Indian journal of veterinary science and animal husbandry - Volumes 15-17, 1948-1951
Year: 1948
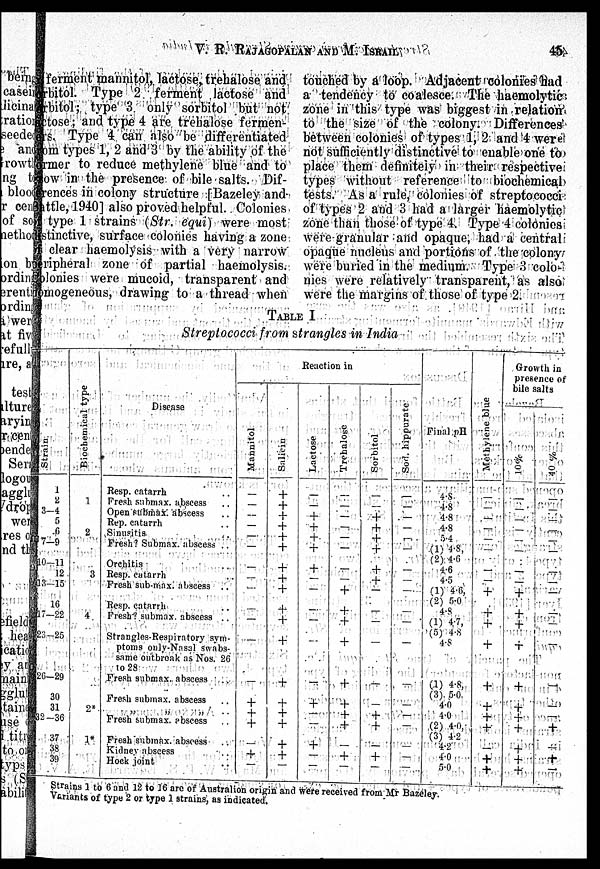
V. R. RAJAGOPALAN AND M.
ISRAIL
45
ferment mannitol, lactose, trehalose and
orbitol. Type 2 ferment lactose and
orbitol; type 3 only sorbitol but not
actose; and type 4 are trehalose fermen-
ers. Type 4 can also be differentiated
rom types 1, 2 and 3 by the ability of the
ormer to reduce methylene blue and to
ow in the presence of bile salts. Dif-
erences in colony structure [Bazeley and
Sattle, 1940] also proved helpful. Colonies
of type 1 strains (Str. equi) were most
distinctive, surface colonies having a zone
of clear haemolysis with a very narrow
eripheral zone of partial haemolysis.
Colonies were mucoid, transparent and
homogeneous, drawing to a thread when
touched by a loop. Adjacent colonies had
a tendency to coalesce. The haemolytic-
zone in this type was biggest in relation
to the size of the colony. Differences
between colonies of types 1, 2 and 4 were!
not sufficiently distinctive to enable one to
place them definitely in their respective
types without reference to biochemical
tests. As a rule, colonies of streptococci
of types 2 and 3 had a larger haemolytic
zone than those of type 4. Type 4 colonies
were granular and opaque, had a central
opaque nucleus and portions of the colony
were buried in the medium. Type 3 colo-
nies were relatively transparent, as also
were the margins of those of type 2.
TABLE I
Streptococci from strangles in India
St r ai n
1
2
3-4
5
6
7-9
10—11
12
13—15
16
17—22
23—25
26—29
30
31
32—36
37
38
39
Biochemical type
1
2
3
4
2*
1*
Disease
Resp. catarrh ..
Fresh sabmax. abscess ..
Open snbmax. abscess ..
Rep. catarrh ..
Sinusitis ..
Fresh? Submax. abscess . .
Orchitis ..
Resp. catarrh ..
Fresh sub-max. abscess
..
Resp. catarrh ..
Fresh? submax. abscess . .
Strangles-Respiratory sym-
ptoms only-Nasal swabs-
same outbreak as Nos. 26
to 28
Fresh submax. abscess ..
Fresh submax. abscess ..
„ „ „ ..
Fresh submax. abscess ..
Fresh submax. abscess ..
Kidney abscess ..
Hock joint ..
Reaction in
Mannitol
—
—
—
—
—
—
—
—
—
—
—
—
—
+
+
+
—
+
—
Saliern
+
+ +
+ +
+
+
+
+
+
+
+
+
+
+
+
+
+
—
Lact os e
—
—
+
+
+
+
+
—
—
—
—
—
—
+
—
—
+
—
—
Tr e ha l
os e
—
—
—
—
—
—
—
—
+
+
+
+
+
+
+
+
—
+
—
Sorbitol
—
—
+ +
+
+
+
+
—
—
—
—
—
+
+
—
+
—
Sod hippurate
—
—
—
—
—
—
—
—
—
—
—
—
—
—
—
—
—
—
Final pH
—
4-8
4.8
4.8
5.4
(1) 4.8,
(2) 4.6
4.6
4.5
(1) 4.6,
(2) 5.0
4.8
(1) 4.7,
4.8
(1) 4.8,
(3) 5.0
4.0
4.0
(2) 4.0,
(3) 4.2
4.2
4.0
5.0
Me t
hyl e ne blue
—
—
—
—
—
—
—
—
+
+
+
+
+
+
+
+
—
+
+
Growth in
presence of
bile
salts
10%
—
—
—
—
—
—
—
—
+
+
+
+
+
+
+
+
+
+ +
40 %
—
—
—
—
—
—
—
—
—
—
—
—
—
—
—
+
—
+
—
Strains 1 to 6 and 12 to 16 are of Australion origin and were received from Mr Bazeley.
Variants of type 2 or type 1 strains, as indicated.